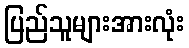
ပြည်သူများအားလုံး